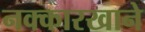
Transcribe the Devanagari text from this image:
नक्कारखाने